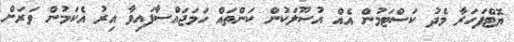
ޔޮޓްފަހަރާ މެދު ކަސްޓަމުން އެއް އުސޫލަކުން ކަންތައް ހަމަޖައްސާފައިވާ އިރު އެކަމުން ވަރަށް